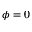
\phi = 0